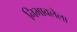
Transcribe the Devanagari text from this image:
निभावलेला